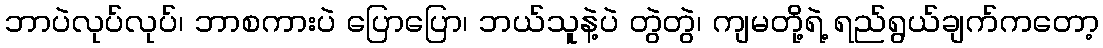
ဘာပဲလုပ်လုပ်၊ ဘာစကားပဲ ပြောပြော၊ ဘယ်သူနဲ့ပဲ တွဲတွဲ၊ ကျမတို့ရဲ့ ရည်ရွယ်ချက်ကတော့